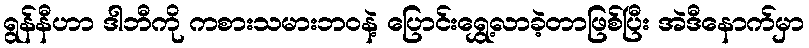
ရွန်နီဟာ ဒါဘီကို ကစားသမားဘ၀နဲ့ ပြောင်းရွှေ့လာခဲ့တာဖြစ်ပြီး အဲဒီနောက်မှာ